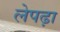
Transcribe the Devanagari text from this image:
लेपढ़ा